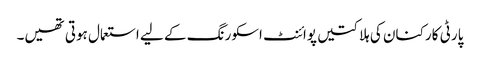
پارٹی کارکنان کی ہلاکتیں پوائنٹ اسکورنگ کے لیے استعمال ہوتی تھیں۔